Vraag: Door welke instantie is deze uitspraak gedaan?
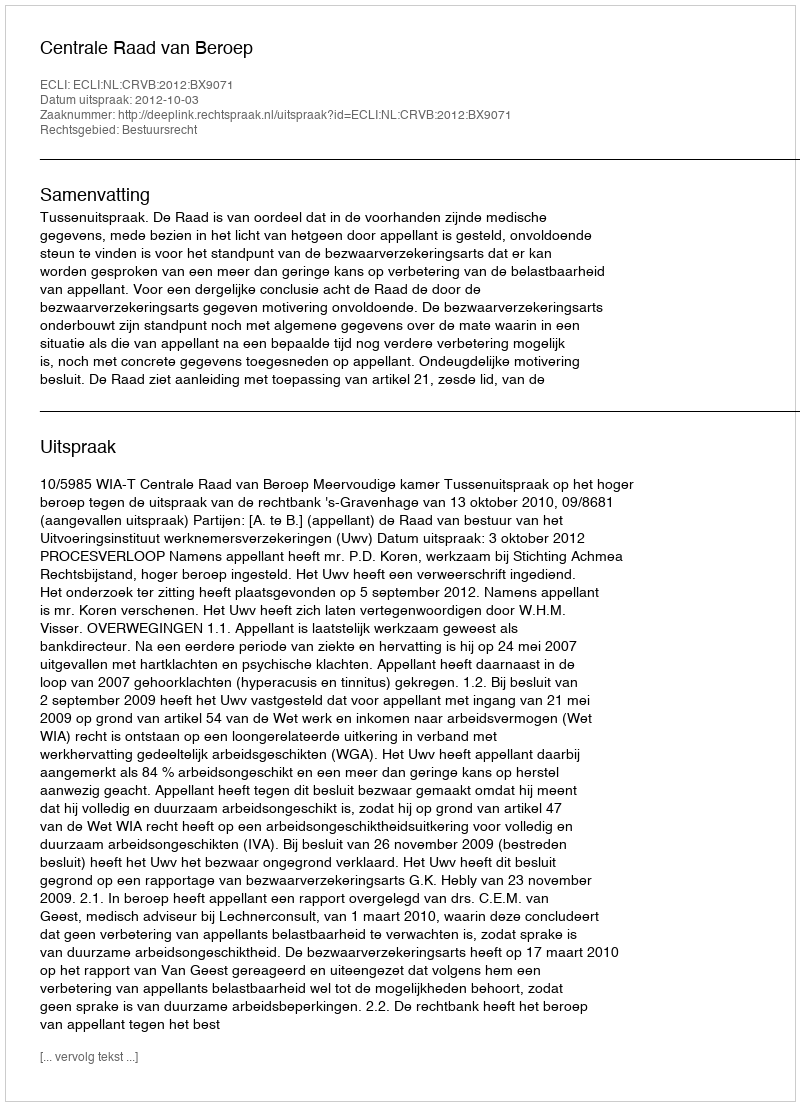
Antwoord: Centrale Raad van Beroep